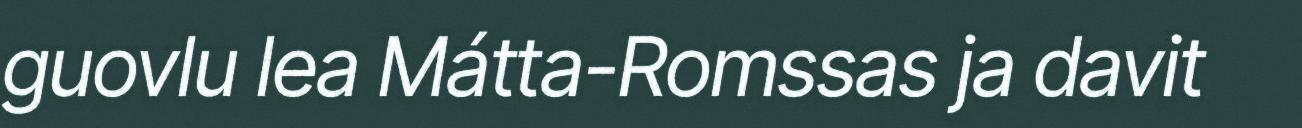
guovlu lea Mátta-Romssas ja davit